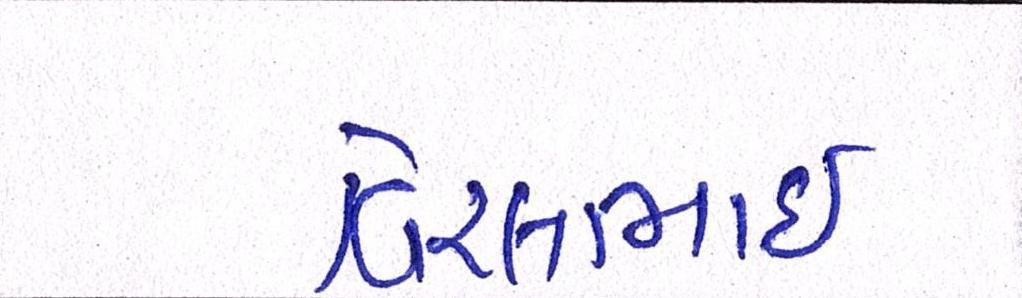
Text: વિરલભાઇ